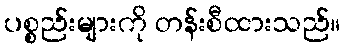
ပစ္စည်းများကို တန်းစီထားသည်။